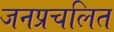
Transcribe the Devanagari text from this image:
जनप्रचलित